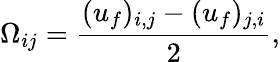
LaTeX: {\Omega_{ij}}=\frac{({u_{f})_{i,j}}-({u_{f})_{j,i}}}{2},